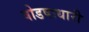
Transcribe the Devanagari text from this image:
षोडषाधारी